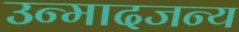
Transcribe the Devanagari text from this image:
उन्मादजन्य